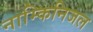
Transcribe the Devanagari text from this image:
नाम्किनिजल